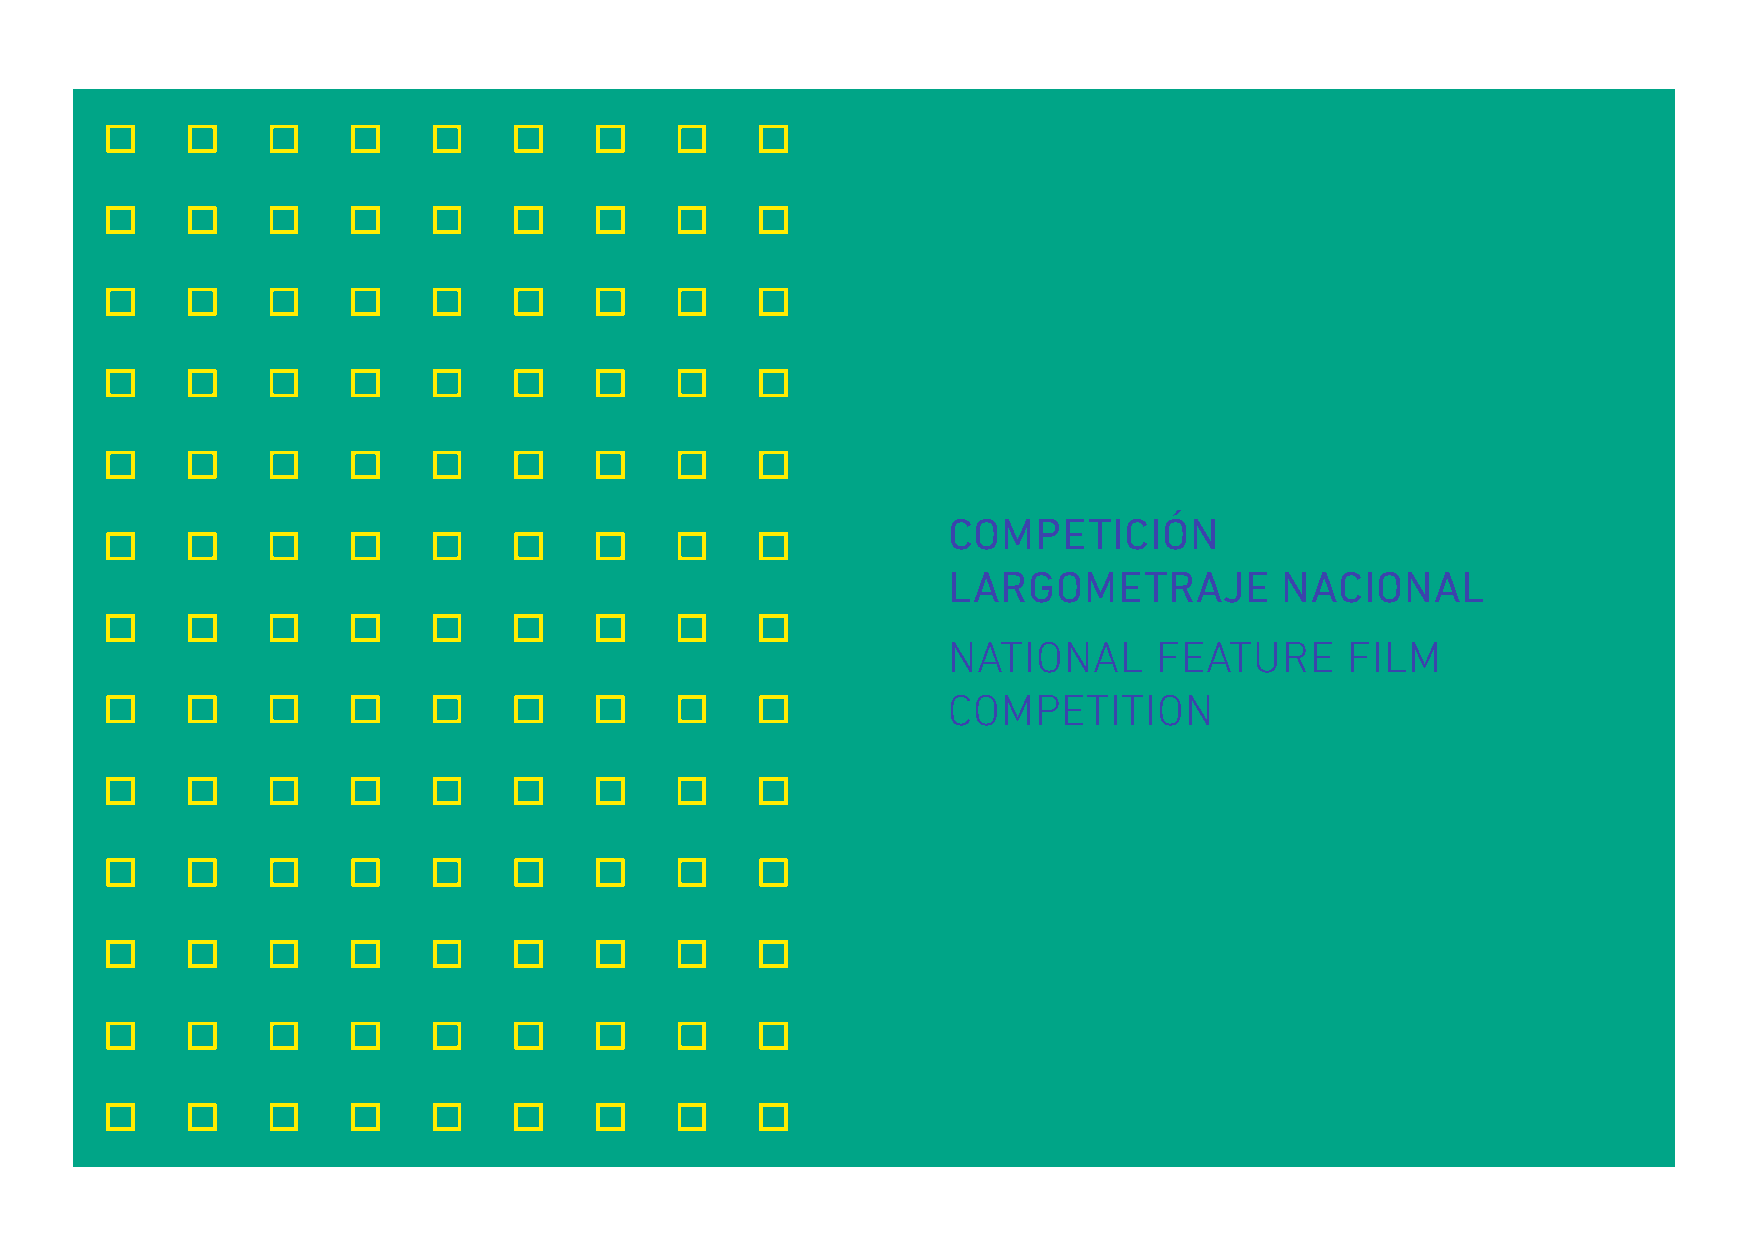
COMPETICIÓN
 LARGOMETRAJE          NACIONAL
 NATIONAL      FEATURE     FILM
 COMPETITION